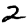
Digit: 2